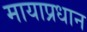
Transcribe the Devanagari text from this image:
मायाप्रधान